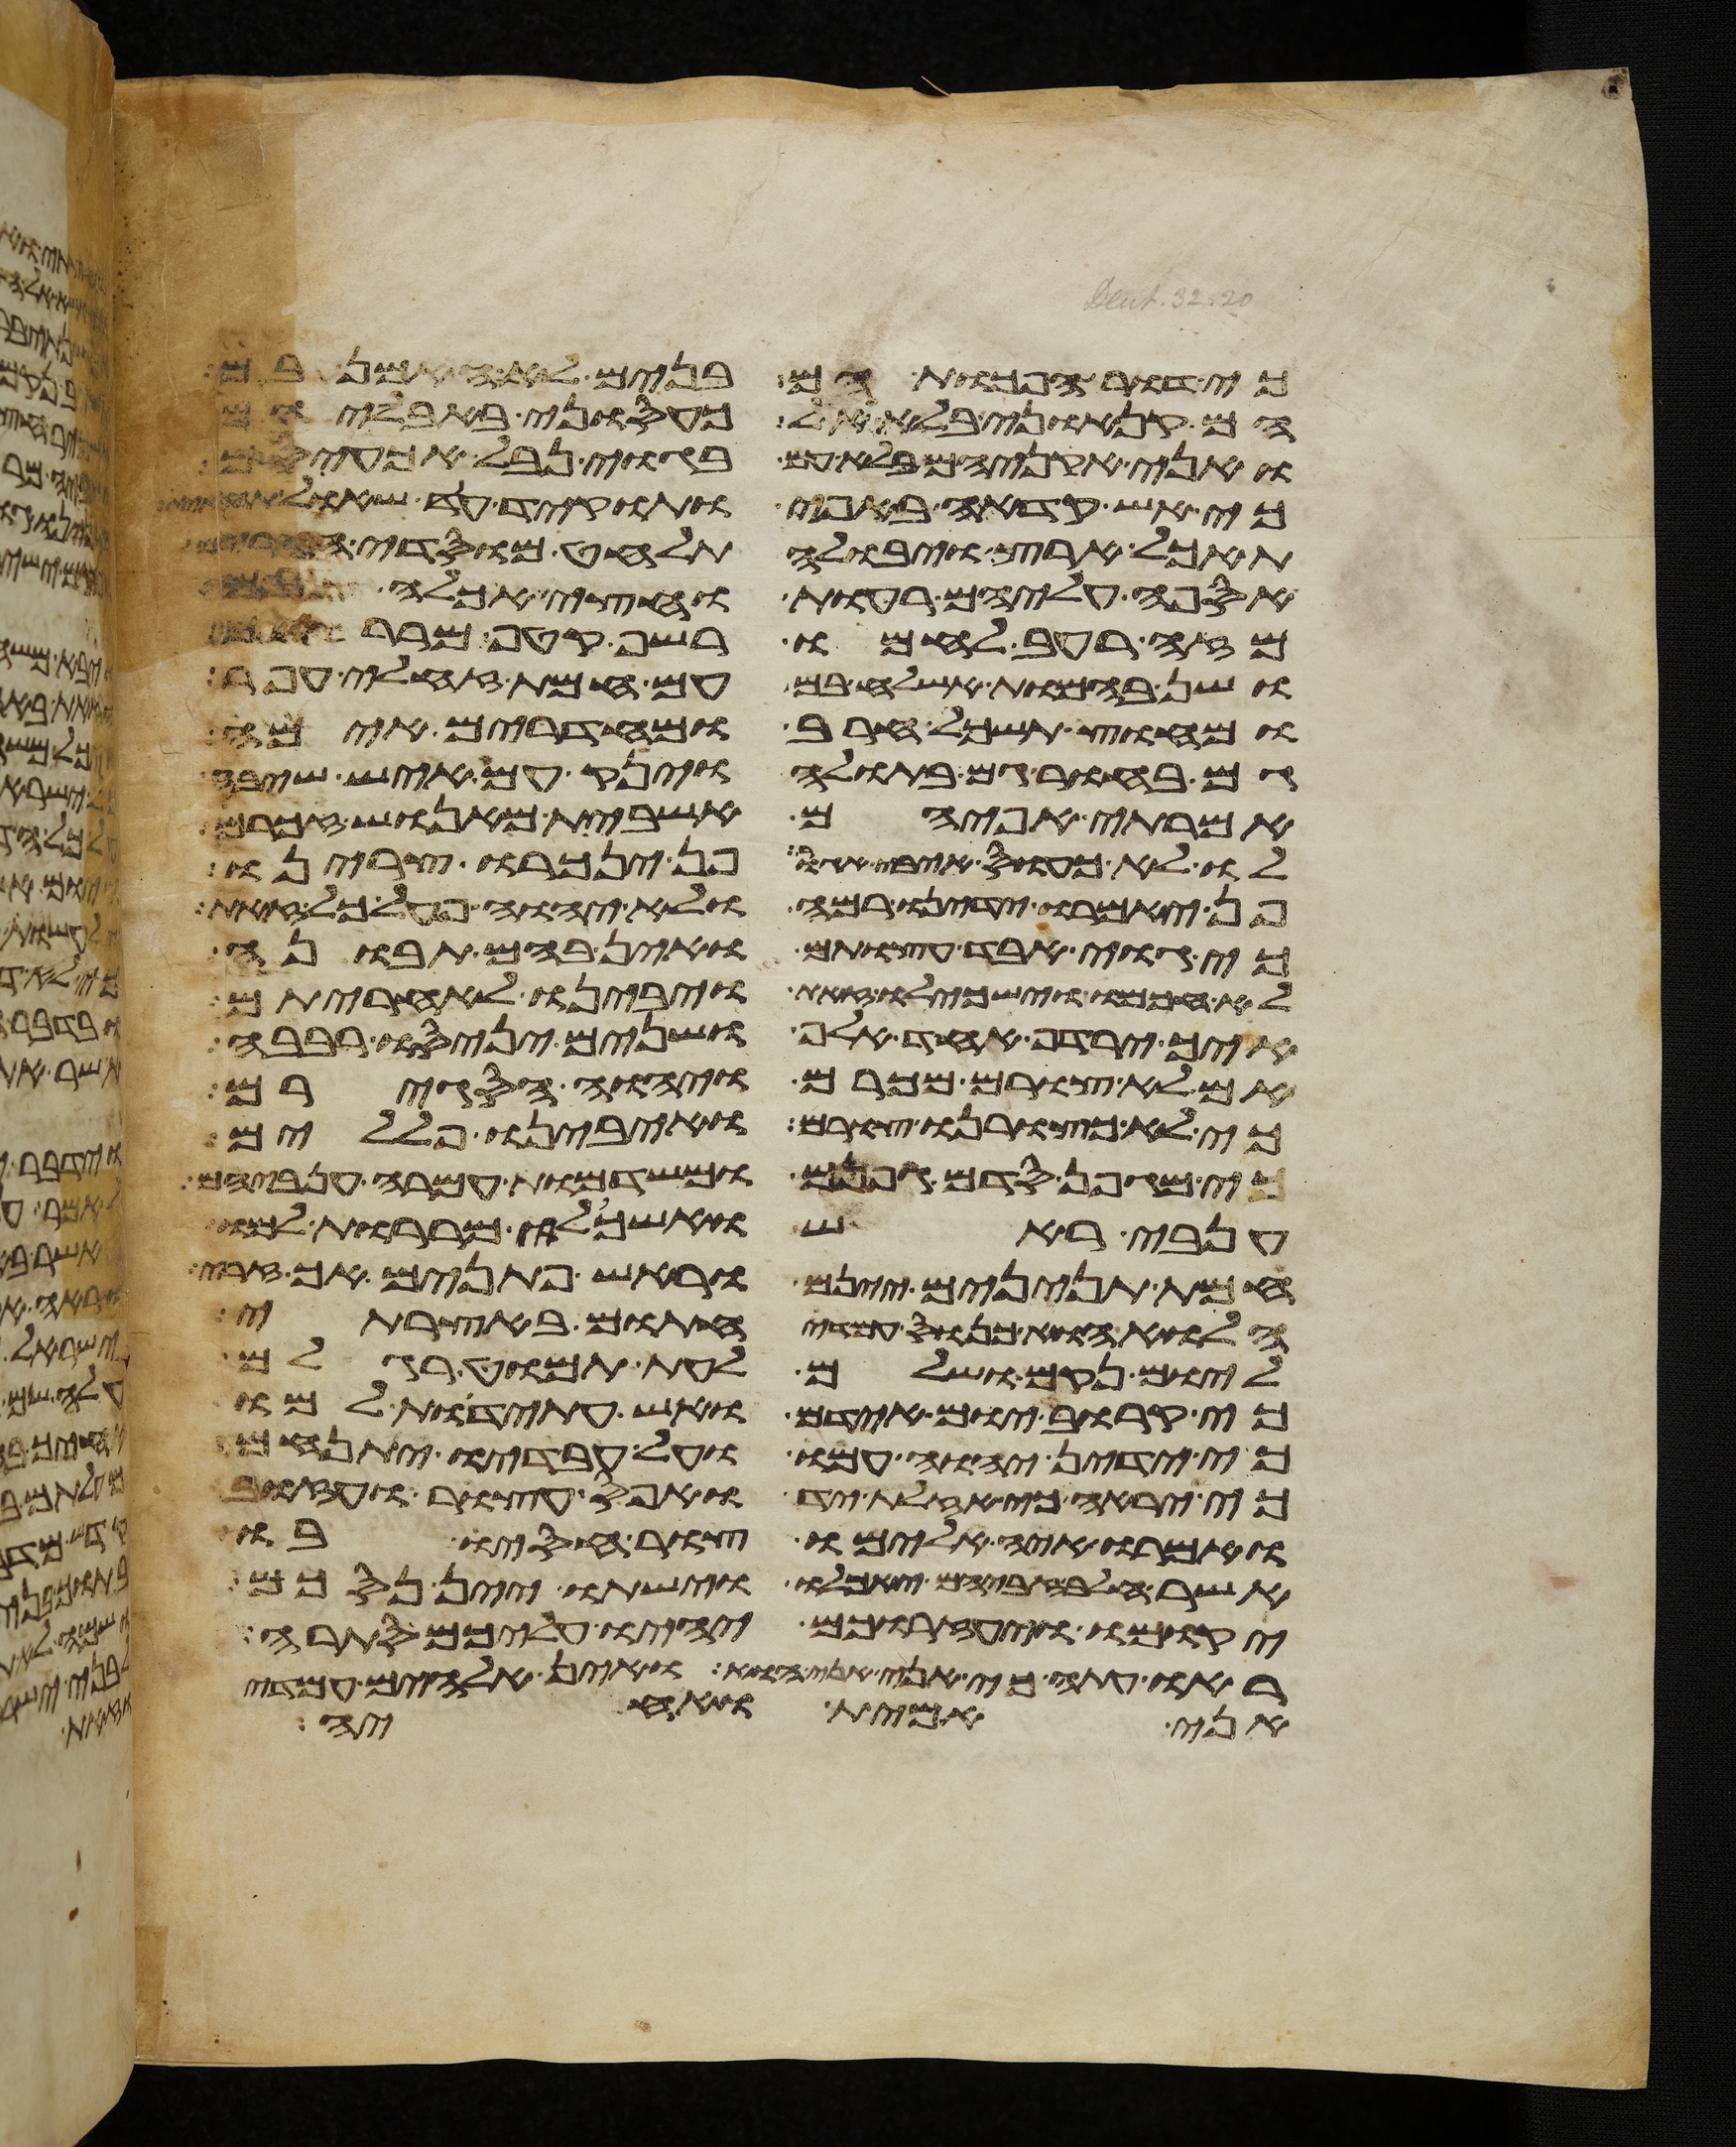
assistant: כי דור הפכות הם בנים לא האמן בם
הם קנאוני בלא אל כעסוני באבליהם
ואני אקניאם בלא עם בגוי נבל אכעיסם
כי אש קדחה באפי ותוקד עד שאל תחתית
תאכל ארץ ויבולה תלחט מוסדי הרים
אספה עליהם רעות וחצי אכלה בם
מזה רעב לחמו רשף קטף מררים
ושן בהמות אשלח בם עם חמת זחלי עפר
מחוץ תשכל חרב ומחדרים אימה
גם בחור גם בתולה וינק עם איש שיבה
אמרתי אפי הם אשבית מאנוש זכרם
לו לא כעס איבי אגור פן ינכרו צרינו
פן יאמרו ידינו רמה ולא יהוה פעל כל זאת
כי גוי אבד עצות הם ואין בהם תבונה
לא חכמו וישכילו זאת ויבינו לאחריתם
איך ירדף אחד אלף ושנים יניסו רבבה
אם לא צורם מכרם ויהוה הסגירם
כי לא כצורנו צורם ואיבינו פללים
כי מגפן סדם גפנם ומשדמות עמרה ענביהם
ענבי ראש ואשכלי מררות למו
חמת תנינים יינם וראש פתנים אך זרי
הלוא הוא כנוס עמדי חתום באוצרתי
ליום נקם ושלם לעת תמוט רגלם
כי קרוב יום אידם וחש עתידת למו
כי ידין יהוה עמו ועל עבדיו יתנחם
כי יראה כי אזלת יד ואפס עצור ועזוב
ואמרו איה אלהימו צור חסיו בו
אשר חלב זבחיהם יאכלו וישתו יין נסכם
יקומו ויעזרוכם יהיו עליכם סתרה
ראו עתה כי אני אני הוא ואין אלהים עמדי
אני אמית ואחיה